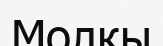
Молкы